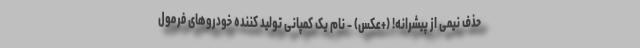
حذف نیمی از پیشرانه! (+عکس) - نام یک کمپانی تولید کننده خودروهای فرمول